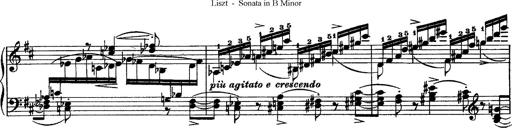
Title: Piano Sonata
Composer: Karl HÃ¤ssler
Key: C major